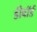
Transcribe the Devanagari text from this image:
डीवॉर्ड